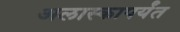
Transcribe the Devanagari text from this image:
अलास्कापर्यंत